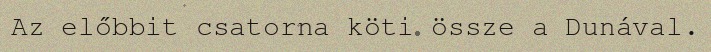
Az előbbit csatorna köti össze a Dunával.